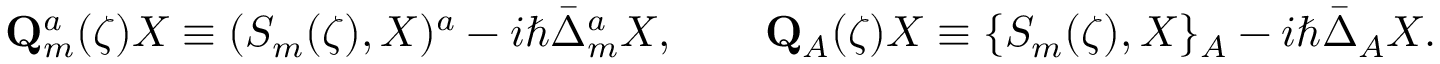
\mathbf { Q } _ { m } ^ { a } ( \zeta ) X \equiv ( S _ { m } ( \zeta ) , X ) ^ { a } - i \hbar \bar { \Delta } _ { m } ^ { a } X , \qquad \mathbf { Q } _ { A } ( \zeta ) X \equiv \{ S _ { m } ( \zeta ) , X \} _ { A } - i \hbar \bar { \Delta } _ { A } X .